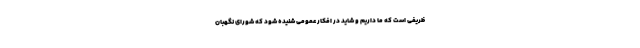
ظریفی است که ما داریم و شاید در افکار عمومی شنیده شود که شورای نگهبان